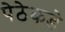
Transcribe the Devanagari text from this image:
पेठेकडे